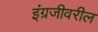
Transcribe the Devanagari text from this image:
इंग्रजीवरील